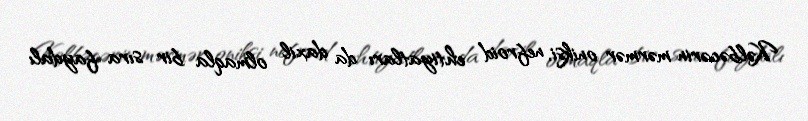
Kəlbəcərin mərmər oniksi, nefroid ehtiyatları da daxil olmaqla bir sıra faydalı